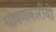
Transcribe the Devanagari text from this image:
घोषणाकारीयों